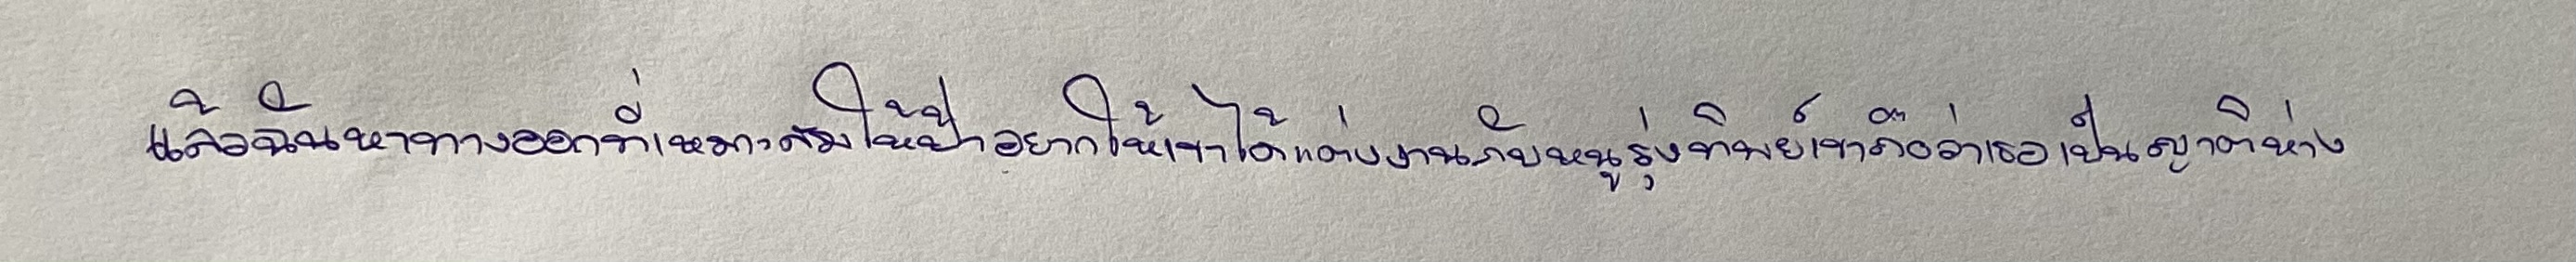
แล้วฉันหาทางออกที่เหมาะสมให้ป้าอยากให้เขาได้แต่งงานกับหนูรุ่งทิพย์เขาถือว่าเธอเป็นญาติห่าง